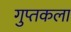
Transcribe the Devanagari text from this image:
गुप्तकला